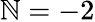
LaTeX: \mathbb{N}=-2